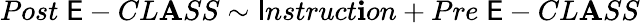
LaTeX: Post\; \mathsf{E}-CL\mathbf{A}SS\sim\mathsf{I}nstruct\mathbf{i}on+Pre\; \mathsf{E}-CL\mathbf{A}SS